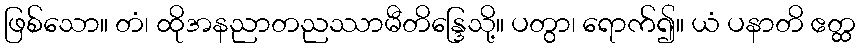
ဖြစ်သော။ တံ၊ ထိုအနညာတညဿာမီတိန္ဒြေသို့။ ပတွာ၊ ရောက်၍။ ယံ ပနာတိ ဧတ္ထ